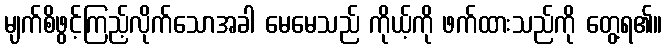
မျက်စိဖွင့်ကြည့်လိုက်သောအခါ မေမေသည် ကိုယ့်ကို ဖက်ထားသည်ကို တွေ့ရ၏။